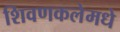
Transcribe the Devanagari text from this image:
शिवणकलेमधे